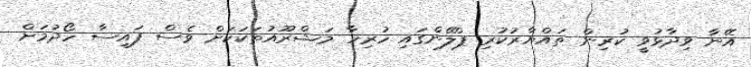
އޭނާ ވިދާޅުވީ ކުރިން ތައްޔާރުކުރި ޕްލޭންގައި ހުރިހާ މަޝްރޫއުތަކަކަށް ވެސް ފައިސާ ހޯދުމަށް